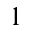
1